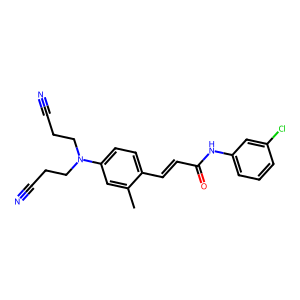
SMILES: Cc1cc(N(CCC#N)CCC#N)ccc1C=CC(=O)Nc1cccc(Cl)c1
Inhibits HIV replication: No